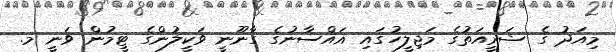
މިއަދު ގެ ޝަރީއަތުގެ މަޖިލީހުގައި ޣައްސާނުގެ ގާނޫނީ ވަކީލުންގެ ޓީމުން ވަނީ މ.